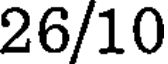
26/10